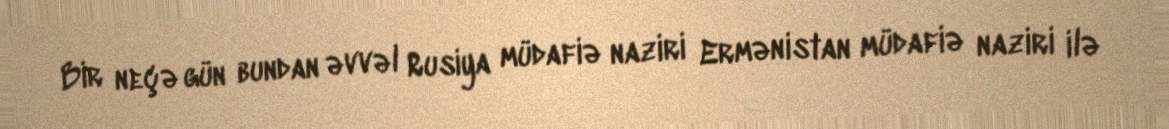
Bir neçə gün bundan əvvəl Rusiya müdafiə naziri Ermənistan müdafiə naziri ilə